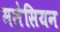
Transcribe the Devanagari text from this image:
मलेसियन